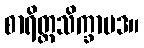
စာရိတ္တသိက္ခာပဒ။